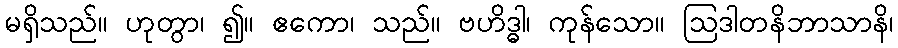
မရှိသည်။ ဟုတွာ၊ ၍။ ဧကော၊ သည်။ ဗဟိဒ္ဓါ၊ ကုန်သော။ ဩဒါတနိဘာသာနိ၊